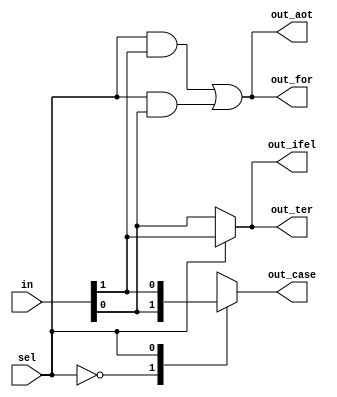
module MUX#(parameter N = 2)(in, out_ter, out_case, out_ifel, out_for, out_aot, sel);

input [N-1:0] in;
input sel;
output out_ter, out_aot;
output reg out_case, out_ifel, out_for;

integer i;

// Ternary operator
assign out_ter = (sel == 1'b0) ? in[0] : in[1];


// Using case statement
always @(sel) begin
    case(sel)
        1'b0: out_case = in[0];
        1'b1: out_case = in[1];
    endcase
end

// Using if-else statement
always @(sel) begin
    if(sel == 1'b0) 
        out_ifel = in[0];
    else
        out_ifel = in[1];
end

// using combitoral for loop
always @(*) begin 
    out_for = 1'b0;
    for(i = 0; i < N; i = i + 1) begin
        out_for = (sel & in[i]) | out_for;
    end
end


// using and-or tree
assign out_aot = (sel & in[0]) | (sel & in[1]);

endmodule